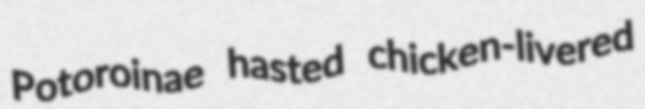
Potoroinae hasted chicken-livered